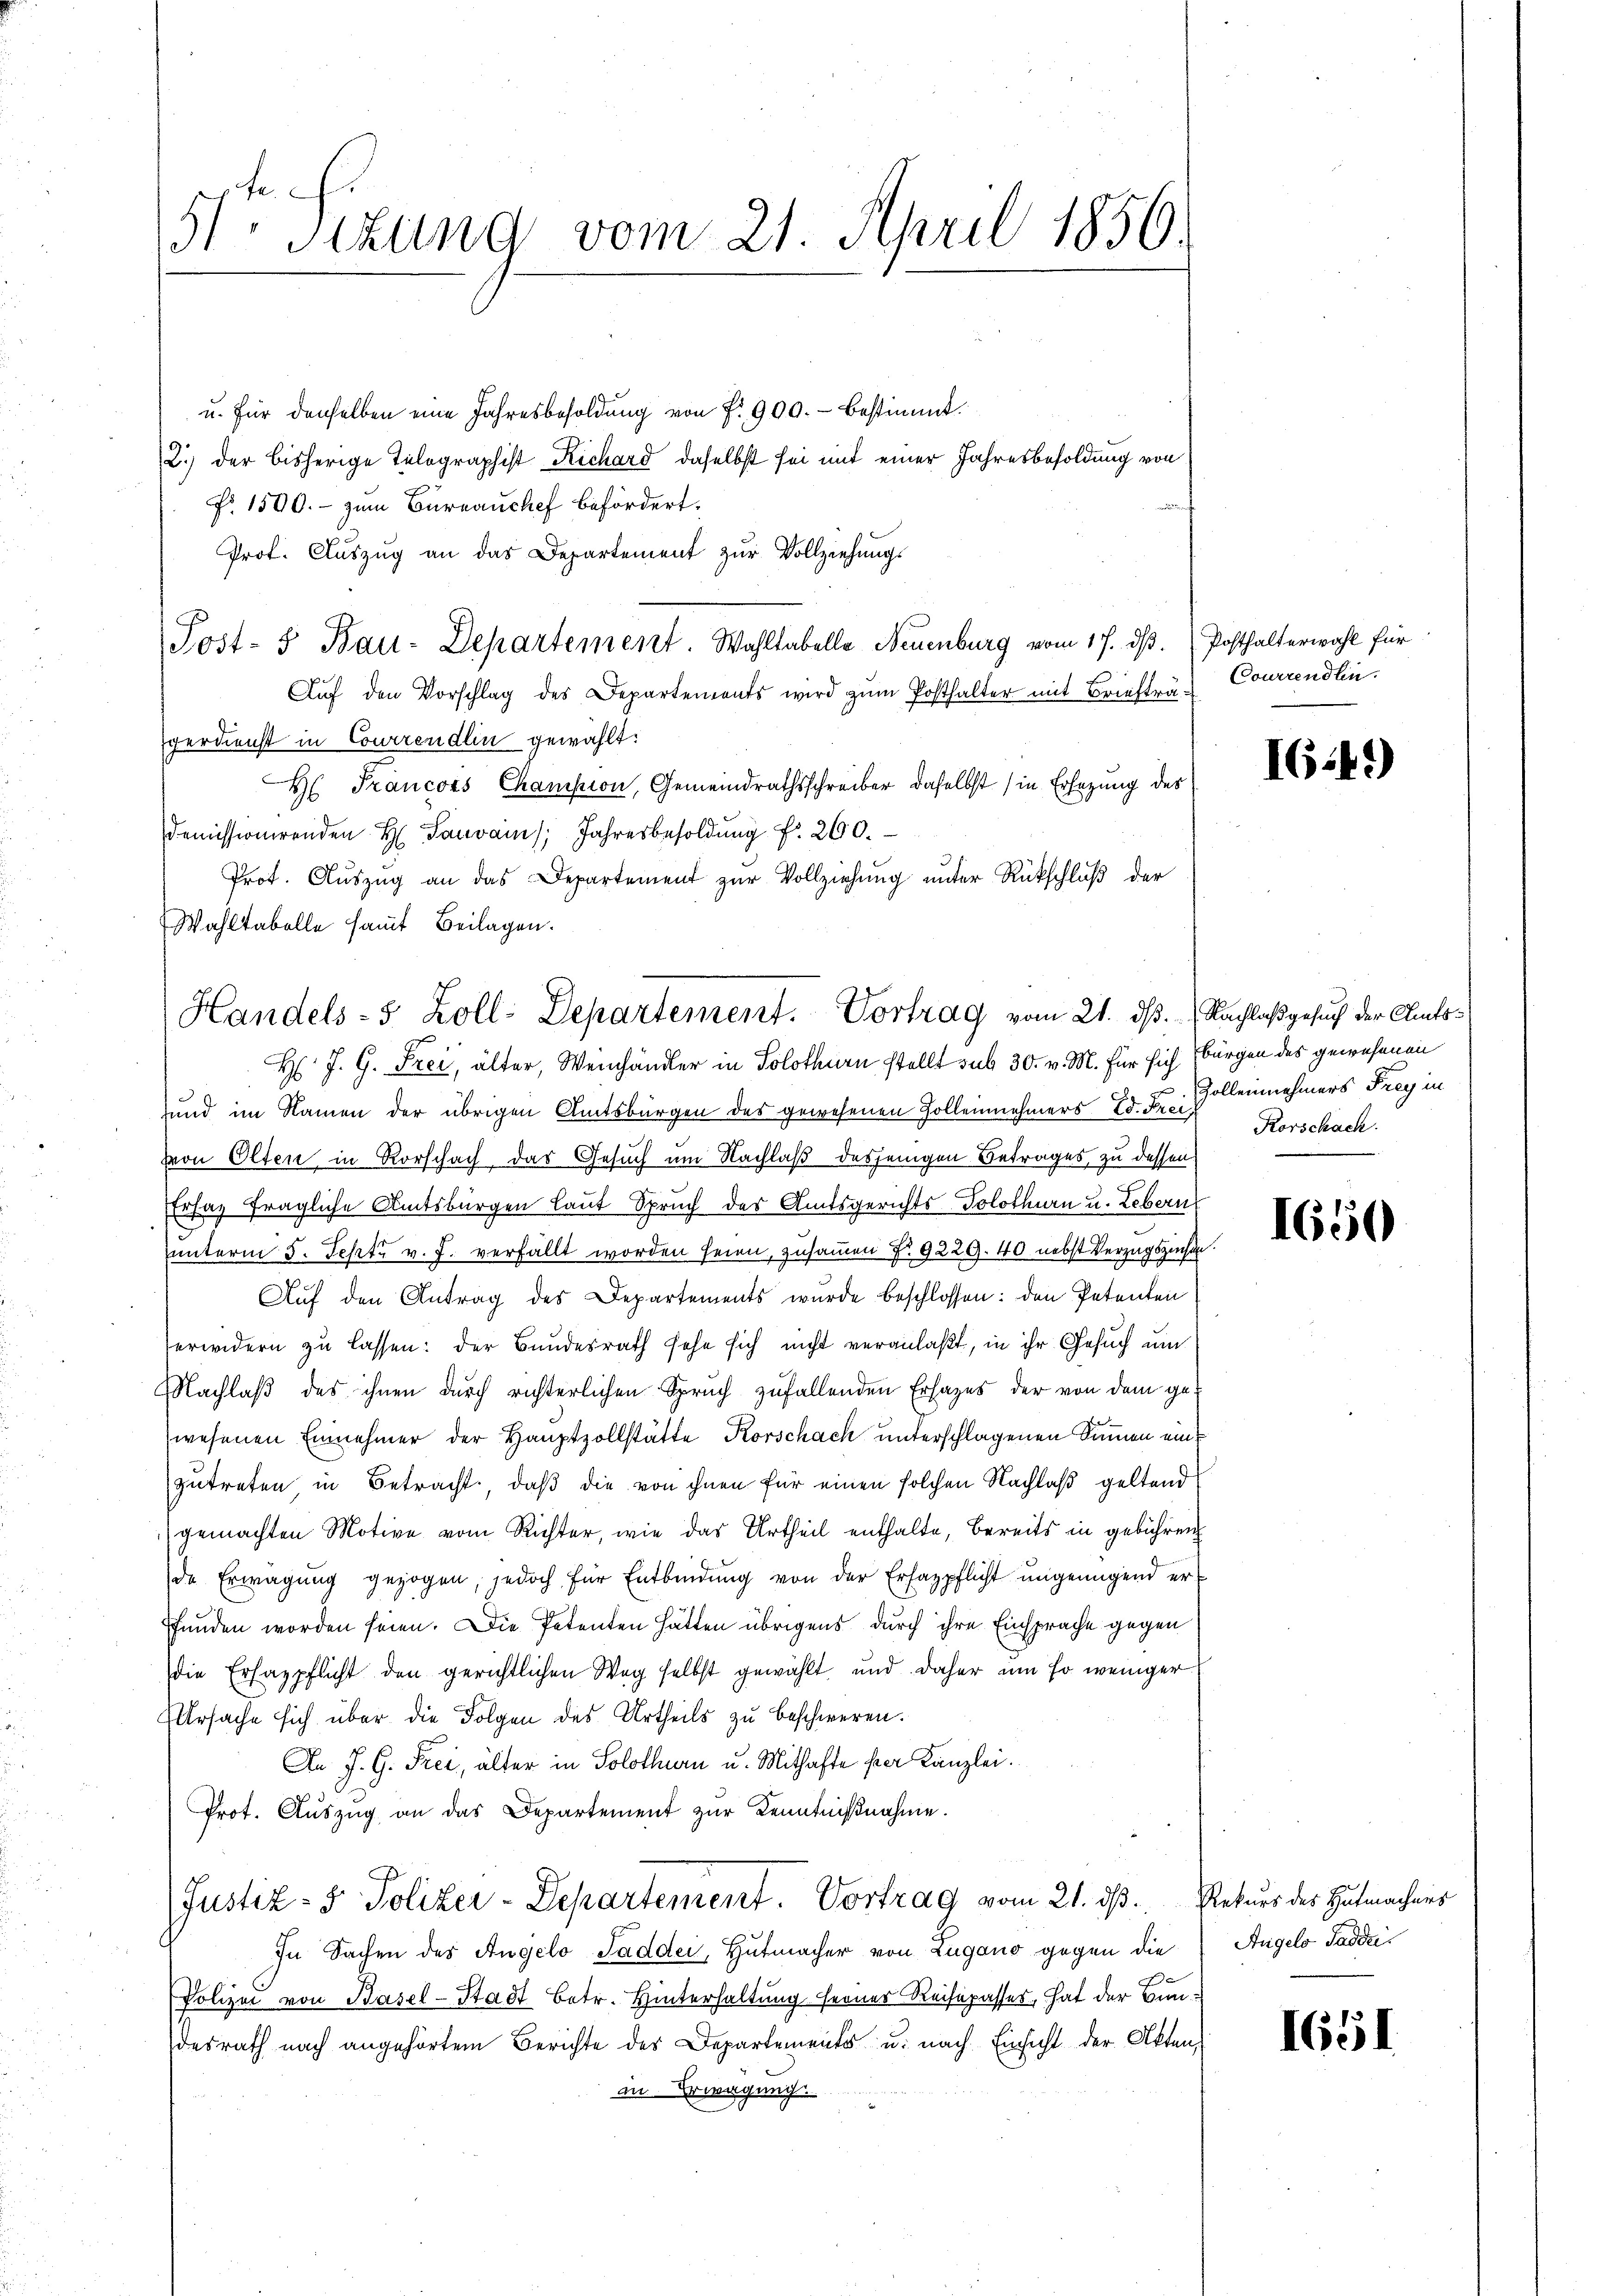
51 sizung vom 21. April 1856.

u. für denselben eine Jahresbesoldung von f. 900.- bestimmt.
2.) der bisherige Telographist Richard, daselbst sei mit einer Jahresbesoldung von
NNo. 1500.- zum Büreauchef befördert.
Prof. Aŭszŭg an das Departement zŭr Vollziehungs
Post- u Bau-Departement. Wahltabelle Neuenburg vom 17. dβ. (Posthalterwahl für
Auf den Vorschlag des Departements wird zum Posthalter mit Briefträgerdienst in Courirendlin gewählt:
H. Francors Champion, Gemeindrathsschreiber daselbst (in Ersezung des
demissionirenden Hain Jahresbesoldŭng fr. 260.
Prot. Auszug an das Departement zur Vollziehung unter Rückschluß der
Wahltabelle samt Beilagen.
H J. G. Frei, älter, Weinhändler in Solothurn stellt sub 30. v. M. für sich bürgen des gewesenen
und im Namen der übrigen Amtsbürgen des gewesenen Zollenehmers Ed. Fr. Zollennehmers Frey in
von Olten in Rorschach das Gesuch um Nachlaß desjenigen Betrages, zu dessen
Erfas fragliche Amtsbürgen laut Spruch des Amtsgerichts-Solothurn u. Lebern
.
unterm 5. Sept. v. J. verfällt worden seien, zusammen No 9229. 40 nebst Verzugszinsen.
Auf den Antrag des Departements wurde beschlossen: den Petenten
erwidern zŭ lassen: der Bundesrath sehe sich nicht veranlaßt, in ihr Gesŭch ŭm
Nachlaß das ihnen durch richterlichen Spruch zufallenden Erhazes der von dem ge-
wesenen Einnehmer der Hauptzollstätte Korschach unterschlagenen Sinnen eine
zutreten in Betracht, daß die von ihnen für einen solchen Nachlaß geltend
gemachten Motive vom Richter, wie das Urtheil enthalte, bereits in gebühren
de Erwägŭng gezogen jedoch für Entbindung von der Erfagpflicht ungenügend erfunden worden seien. Die Petenten hätten übrigens durch ihre Einsprache gegen
die Ersazpflicht den gerichtlichen Weg selbst gewählt und daher um so weniger
Ursache sich über die Folgen des Urtheils zu beschweren.
An J. G. Frei, älter in Solothurn u. Mithafte ser Kanzlei.
Prot. Aŭszŭg an das Departement zŭr Kenntnißnahme.
Justiz- & Polizer-Departement. Vortrag vom 21. ds. Rekurs des Hutmachers
In Sachen des Angelo Saddei, Hutmacher von Lugano gegen die
Polizei von Basel-Stadt Betr. Hinterhaltung ferner Reisepasser, hat der Bundesrath nach angehörtem Berichte des Departements u. nach Einsicht der Akten,
in Erwägung.

Handels- 5 Zoll-Departement. Vortrag vom 21. dß. Nachlaß gesuch der Amts¬

Courrendlin.

I64.)

Korschach.

1650

Angelo Saddei

1651